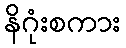
နိဂုံးစကား